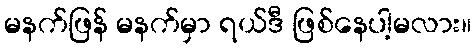
မနက်ဖြန် မနက်မှာ ရယ်ဒီ ဖြစ်နေပါ့မလား။